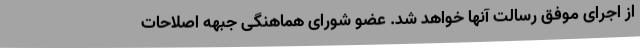
از اجرای موفق رسالت آنها خواهد شد. عضو شورای هماهنگی جبهه اصلاحات